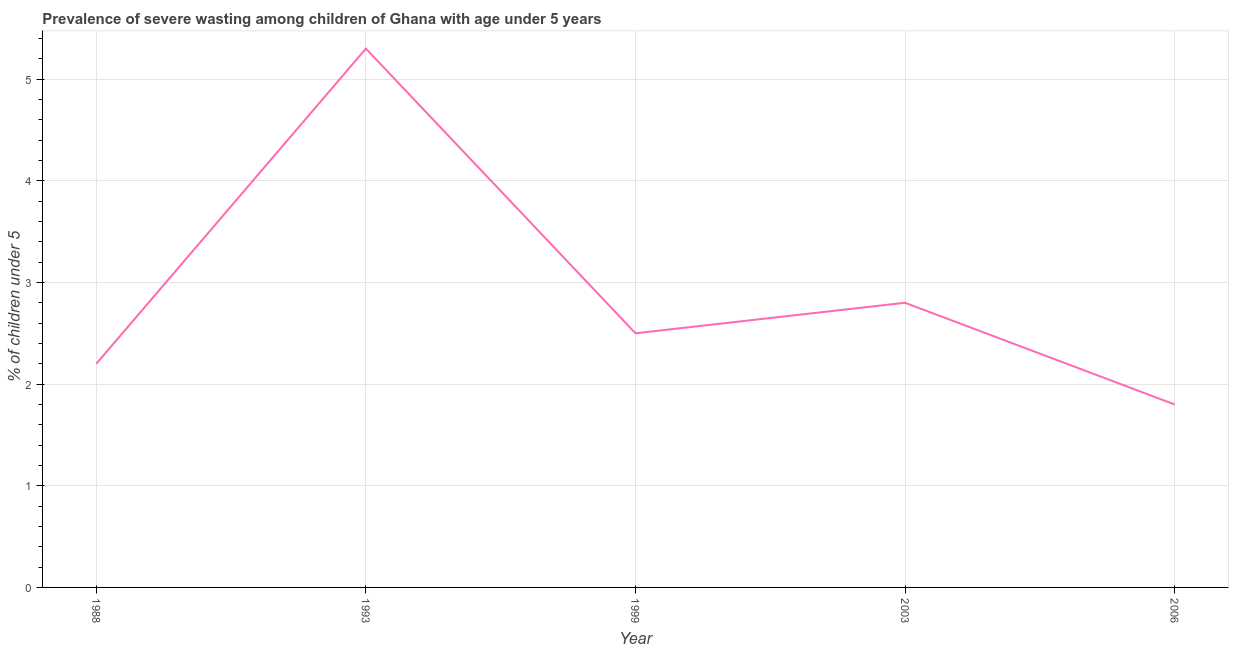
| Year | Prevalence of severe wasting |
 | --- | --- |
 | 1988 | 2.2 |
 | 1993 | 5.3 |
 | 1999 | 2.5 |
 | 2003 | 2.8 |
 | 2006 | 1.8 |